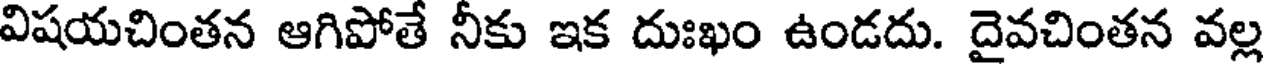
విషయచింతన ఆగిపోతే నీకు ఇక దుఃఖం ఉండదు. దైవచింతన వల్ల